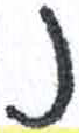
אות: נ